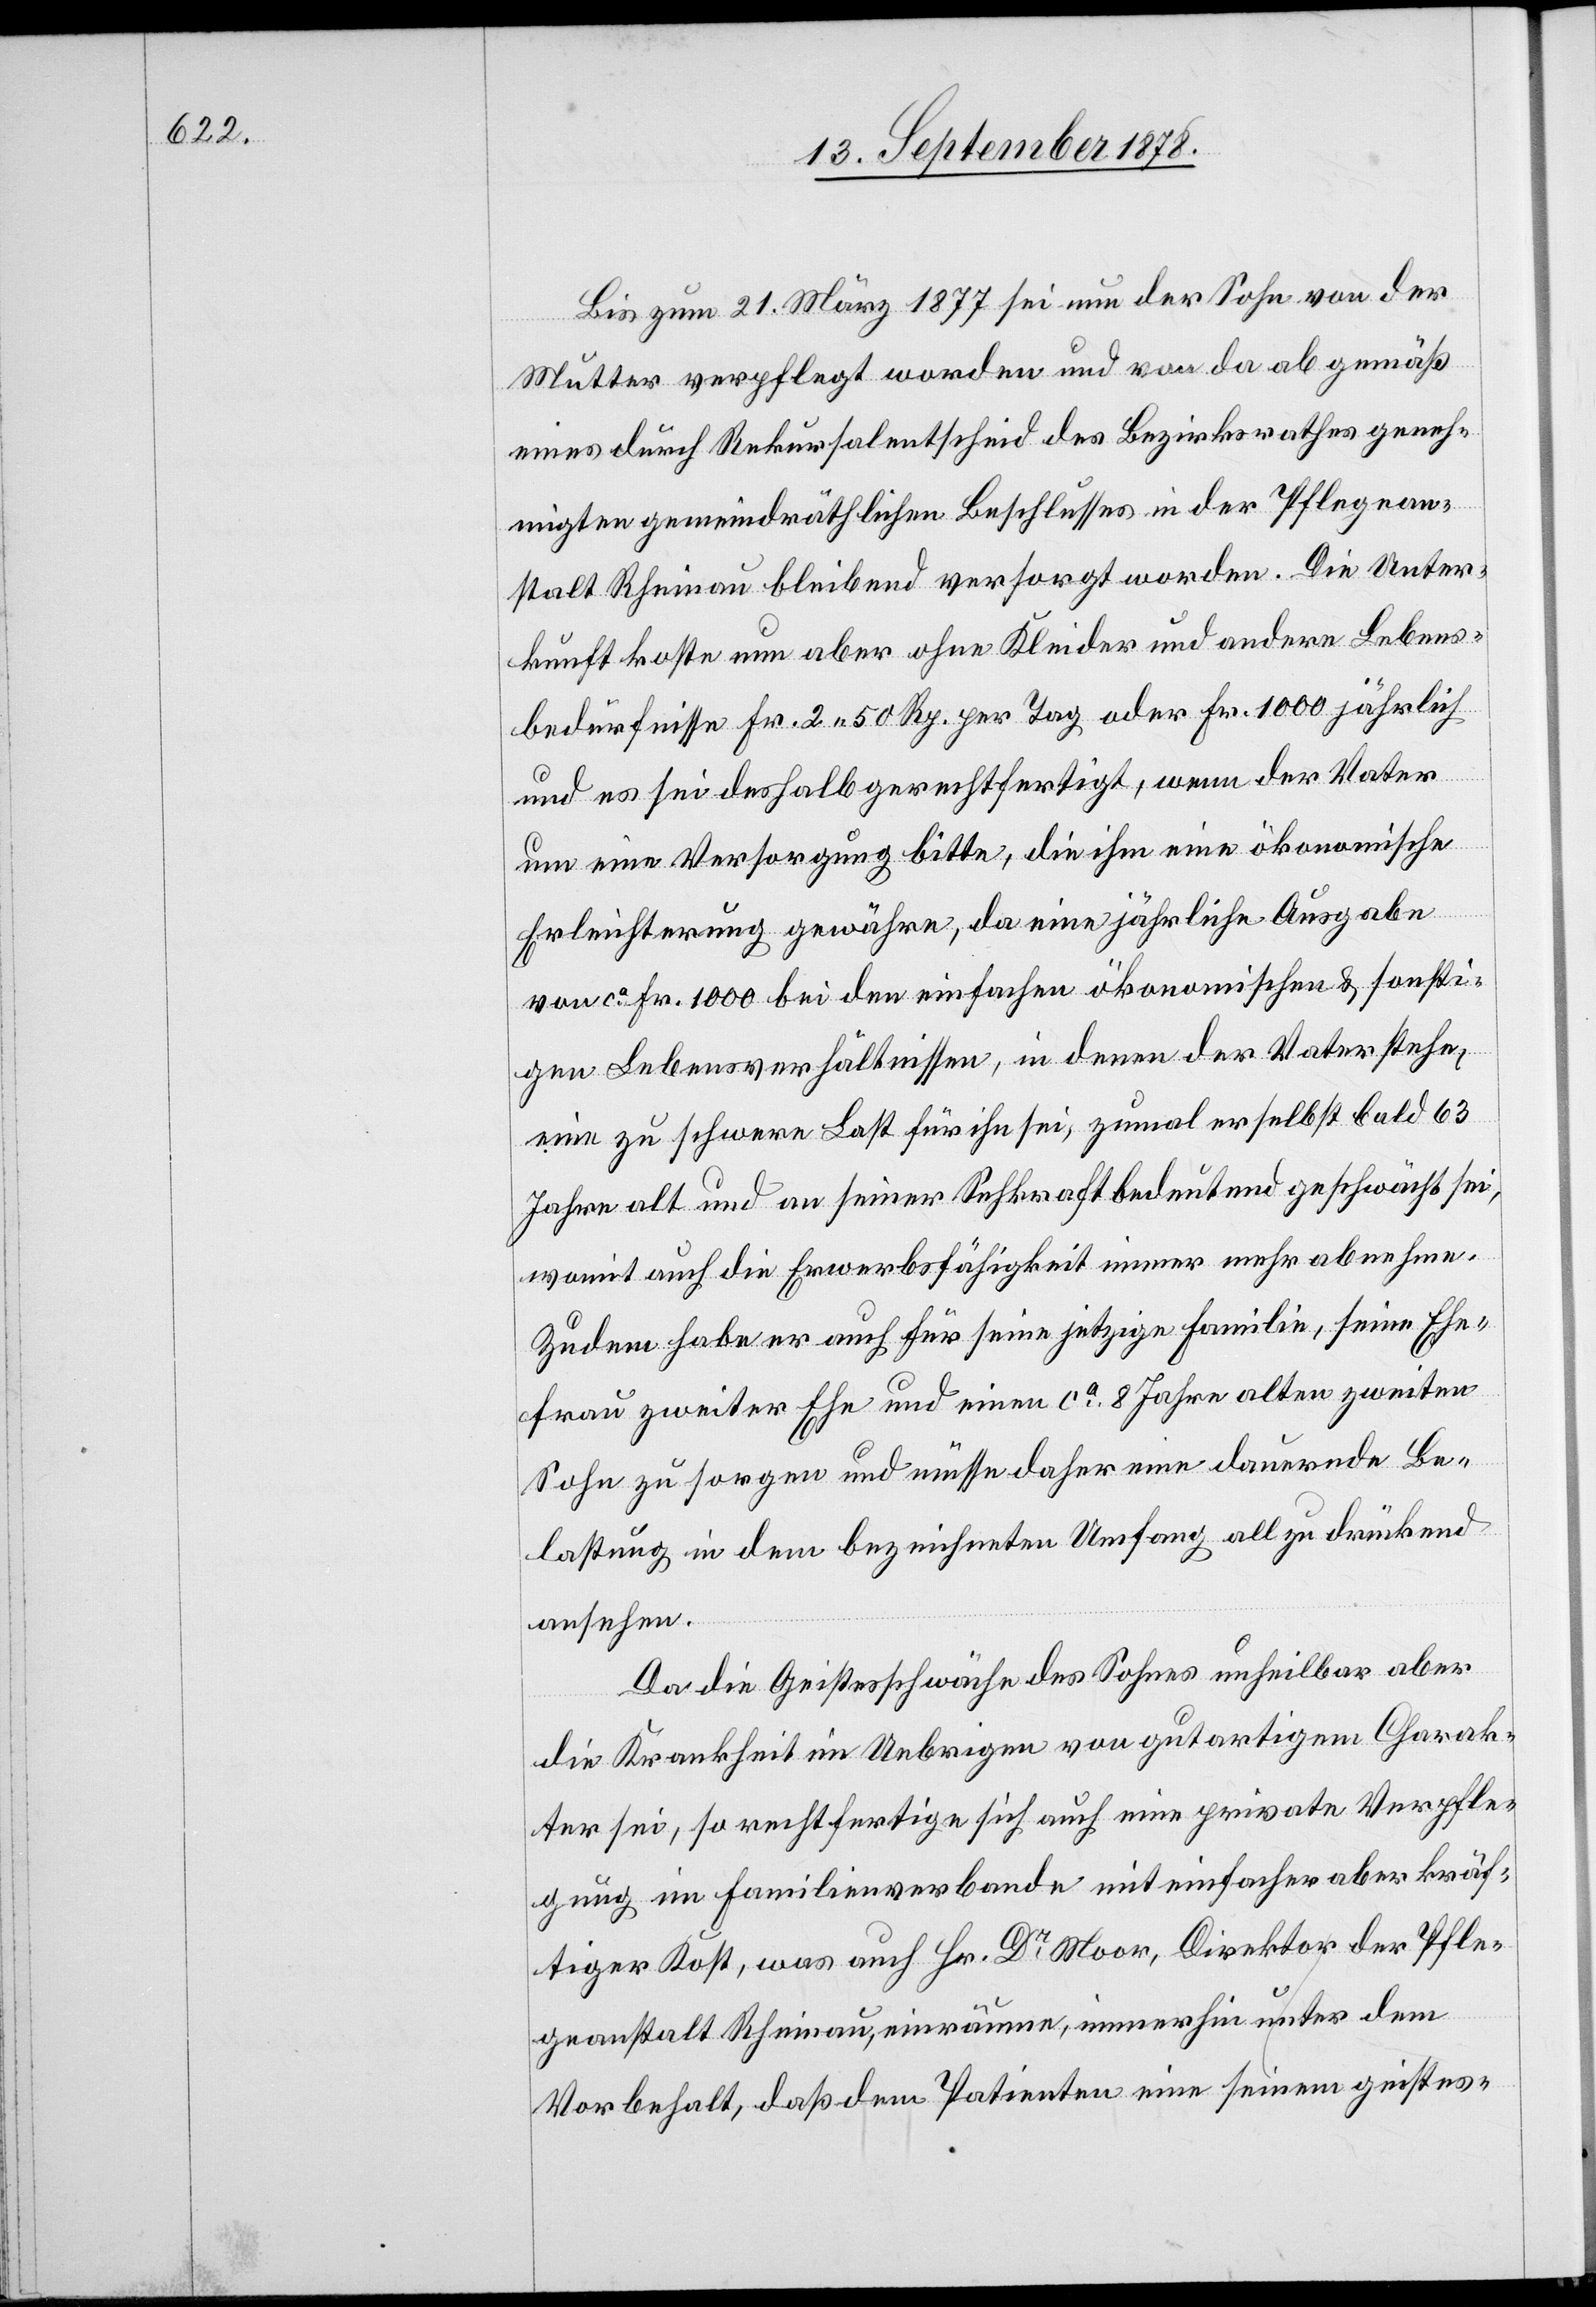
issen,

Bis zum 21. März 1877 sei nun der Sohn von der
Mutter verpflegt worden und von da ab gemäß
eines durch Rekursalentscheid des Bezirksrathes geneh¬
migten gemeindräthlichen Beschlusses in der Pflegean¬
stalt Rheinau bleibend versorgt worden. Die Unter¬
kunft koste nun aber ohne Kleider und andere Lebens¬
bedürfnisse Fr. 2 50 Rp. per Tag oder Fr. 1000 jährlich
und es sei deshalb gerechtfertigt, wenn der Vater
um eine Versorgung bitte, die ihm eine ökonomische
Erleichterung gewähre, da eine jährliche Ausgabe
von ca Fr. 1000 bei den ökonomischen & sonstigen Lebensve¬
eine zu schwere Last für ihn sei, zumal er selbst bald 63
Jahre alt und an seiner Sehkraft bedeutend geschwächt sei,
womit auch die Erwerbsfähigkeit immer mehr abnehme.
Zudem habe er auch für seine jetzige Familie, seine Ehe¬
frau zweiter Ehe und einen ca 8 Jahre alten zweiten
Sohn zu sorgen und müsse daher eine dauernde Be¬
lastung in dem bezeichneten Umfang all zu drückend
ansehen.
Da die Geistesschwäche des Sohnes unheilbar aber
die Krankheit im Uebrigen von gutartigem Charak¬
ter sei, so rechtfertige sich auch eine private Verpfle¬
gung im Familienverbande mit einfacher aber kräf¬
tiger Kost, was auch Hr. Dr Moor, Direktor der Pfle¬
geanstalt Rheinau, einräume, immerhin unter dem
Vorbehalt, daß dem Patienten eine seinem geistes-